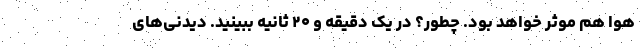
هوا هم موثر خواهد بود. چطور؟ در یک دقیقه و ۲۰ ثانیه ببینید. دیدنی‌های